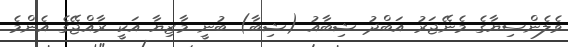
ވެލެންސިޔާގެ މެނޭޖަރު އަބްދު ޝިބާއު (ޝިބާ) ބުނީ މާޒިޔާ އަކީ ރާއްޖޭގެ އެންމެ